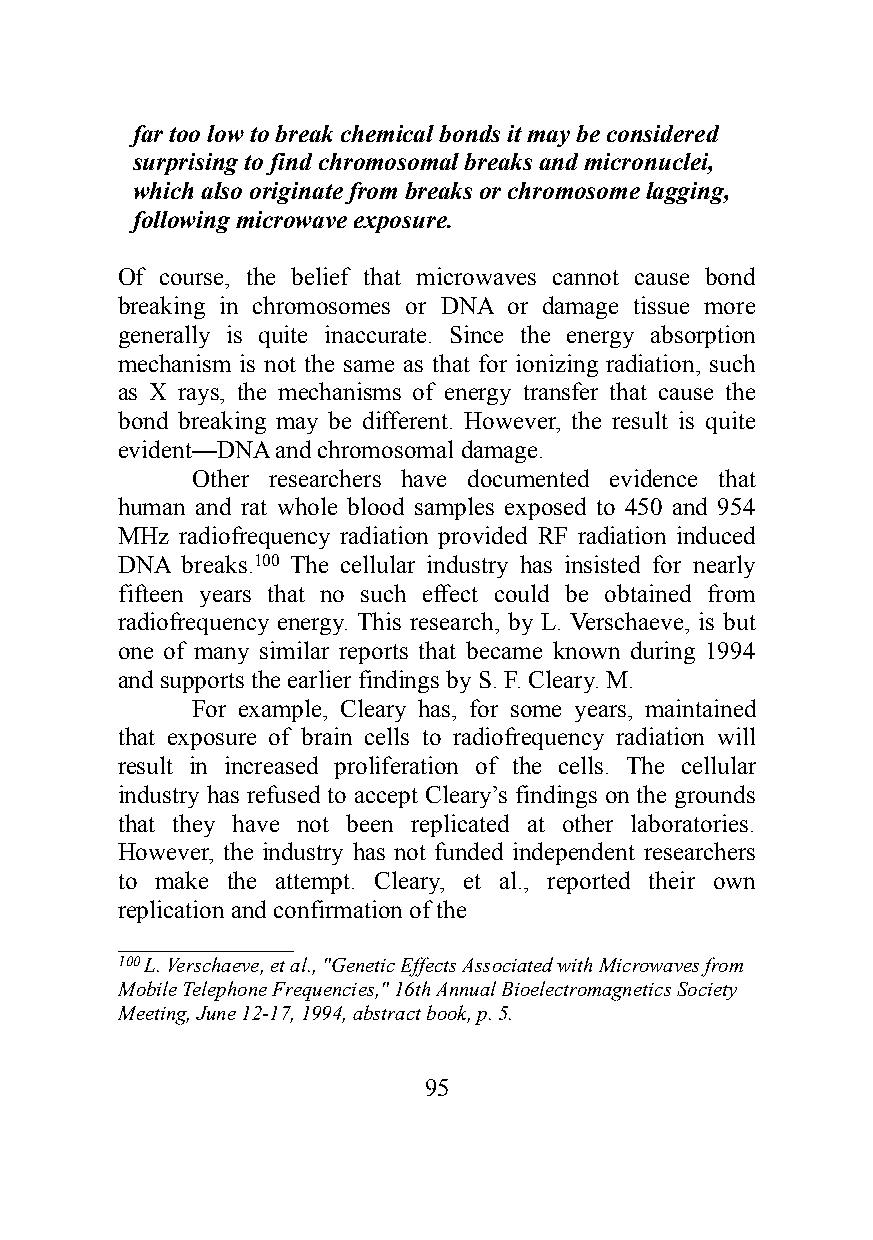
far too low to break chemical bonds it may be considered
 surprising to find chromosomal breaks and micronuclei,
 which also originate from breaks or chromosome lagging,
 following microwave exposure.
 Of course, the belief that microwaves cannot cause bond
 breaking in chromosomes or DNA or damage tissue more
 generally is quite inaccurate. Since the energy absorption
 mechanism is not the same as that for ionizing radiation, such
 as X rays, the mechanisms of energy transfer that cause the
 bond breaking may be different. However, the result is quite
 evident—DNA and chromosomal damage.
 Other researchers have documented evidence that
 human and rat whole blood samples exposed to 450 and 954
 MHz radiofrequency radiation provided RF radiation induced
 DNA breaks.100 The cellular industry has insisted for nearly
 fifteen years that no such effect could be obtained from
 radiofrequency energy. This research, by L. Verschaeve, is but
 one of many similar reports that became known during 1994
 and supports the earlier findings by S. F. Cleary. M.
 For example, Cleary has, for some years, maintained
 that exposure of brain cells to radiofrequency radiation will
 result in increased proliferation of the cells. The cellular
 industry has refused to accept Cleary’s findings on the grounds
 that they have not been replicated at other laboratories.
 However, the industry has not funded independent researchers
 to make the attempt. Cleary, et al., reported their own
 replication and confirmation of the
 ______________
 100 L. Verschaeve, et al., "Genetic Effects Associated with Microwaves from
 Mobile Telephone Frequencies," 16th Annual Bioelectromagnetics Society
 Meeting, June 12-17, 1994, abstract book, p. 5.
 95